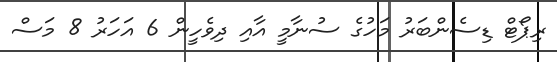
ރިޕޯޓް ޑިސެންބަރު މަހުގެ ސުނާމީ އާއި ދިވެހީން 6 އަހަރު 8 މަސް